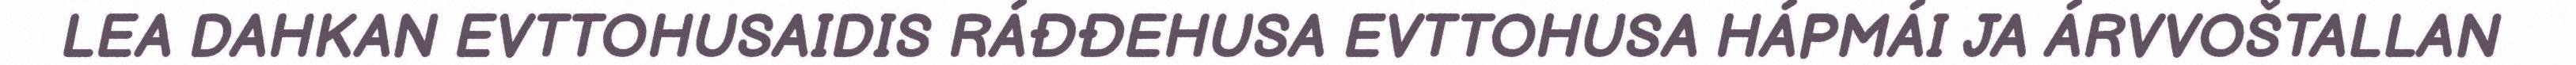
LEA DAHKAN EVTTOHUSAIDIS RÁĐĐEHUSA EVTTOHUSA HÁPMÁI JA ÁRVVOŠTALLAN